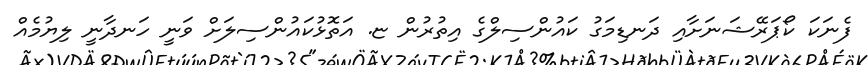
ފެނަކަ ކޯޕަރޭޝަނަށާއި ދަނޑިމަގު ކައުންސިލްގެ އިތުރުން ޏ. އަތޮޅުކައުންސިލަށް ވަނީ ހަނދާނީ ލިޔުމެއް